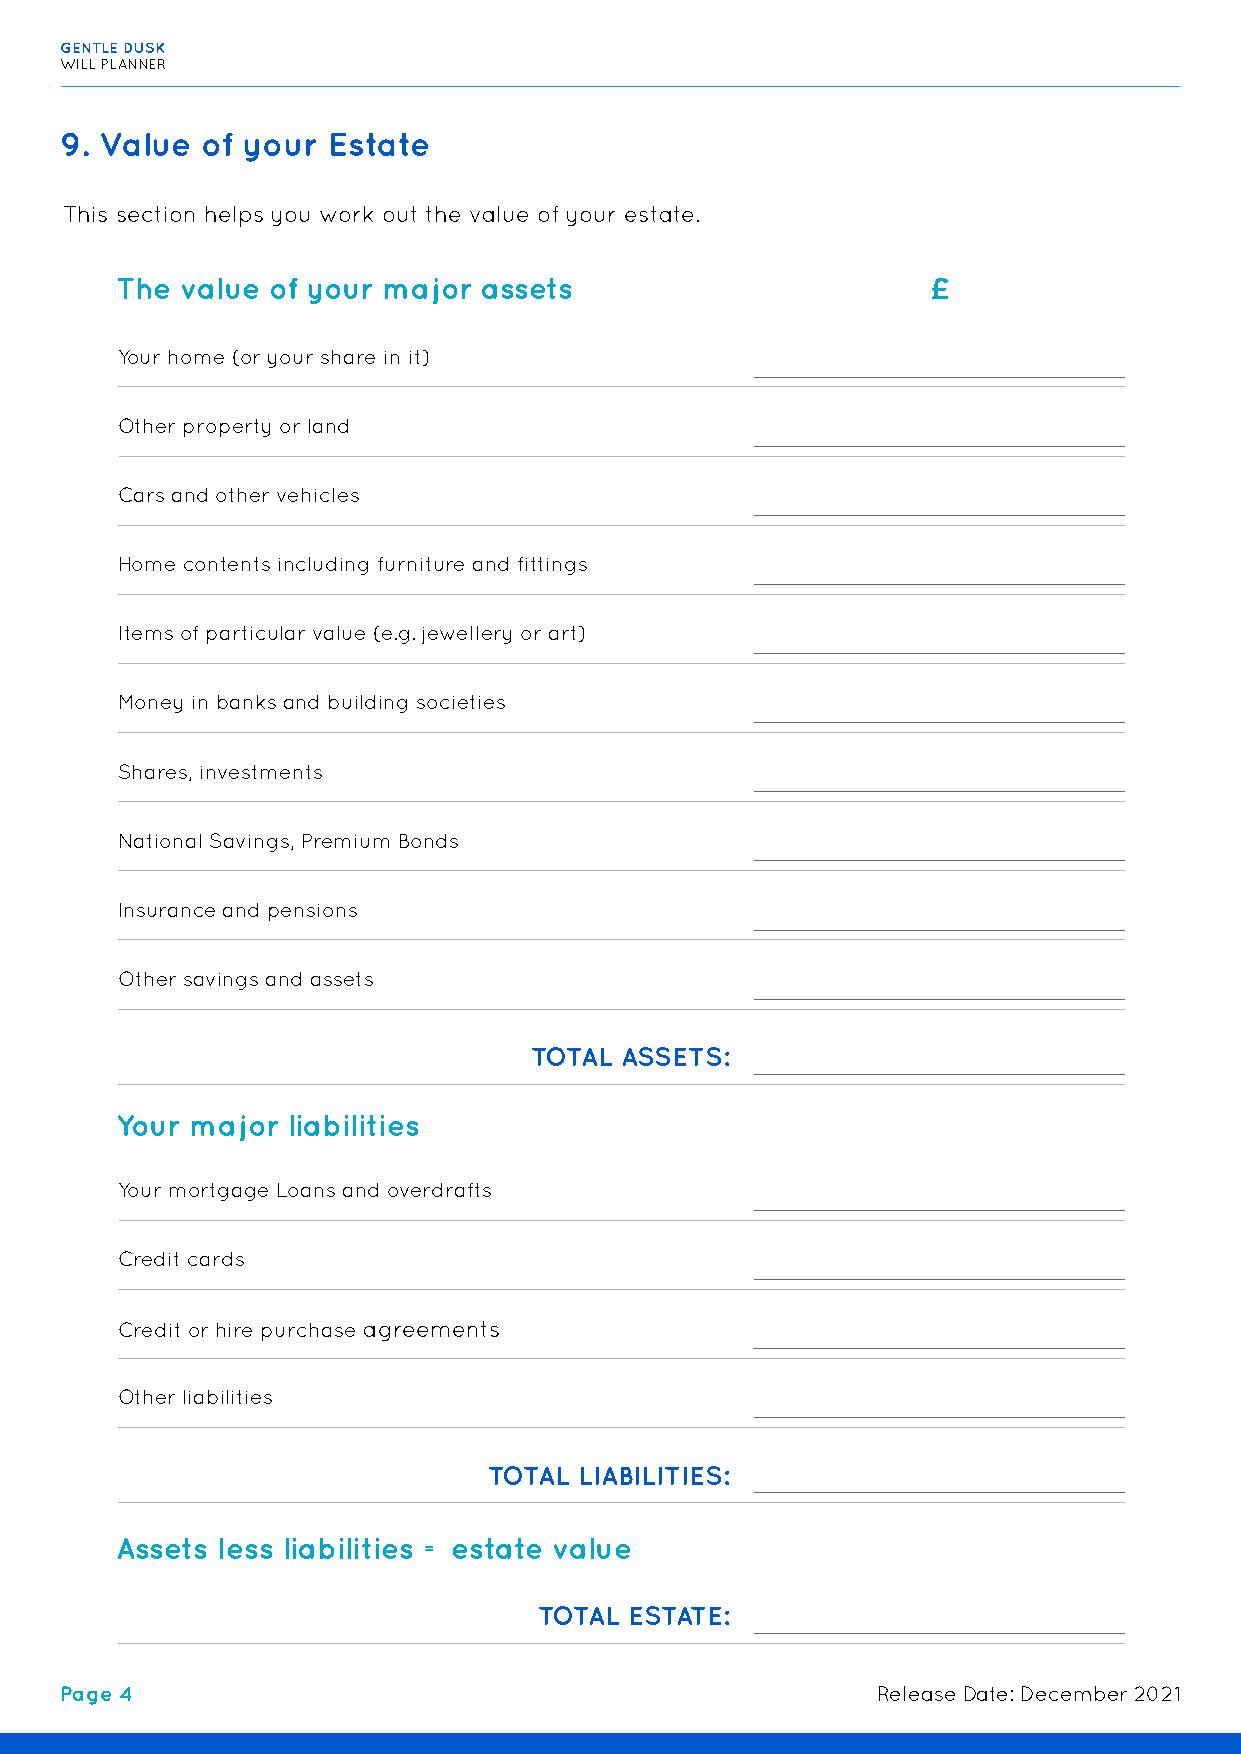
GENTLE DUSK
 WILL PLANNER
 9. Value of your  Estate
 This section helps you work out the value of your estate.
 The value of your major assets                        £
 Your home (or your share in it)
 Other property or land
 Cars and other vehicles
 Home contents including furniture and fittings
 Items of particular value (e.g. jewellery or art)
 Money in banks and building societies
 Shares, investments
 National Savings, Premium Bonds
 Insurance and pensions
 Other savings and assets
 TOTAL ASSETS:
 Your major liabilities
 Your mortgage Loans and overdrafts
 Credit cards
 Credit or hire purchase agreements
 Other liabilities
 TOTAL LIABILITIES:
 Assets less liabilities = estate value
 TOTAL ESTATE:
 Page 4                                                Release Date: December 2021